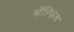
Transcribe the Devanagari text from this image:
सॅल्फ़िश